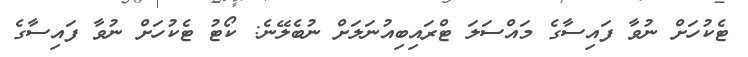
ޓެކުހަށް ނުވާ ފައިސާގެ މައްސަލަ ޓްރައިބިއުނަލަށް ނުބެލޭނެ: ކޯޓު ޓެކުހަށް ނުވާ ފައިސާގެ